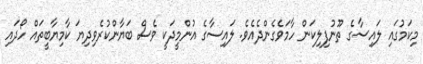
މިކަމުގައި ލައިސާގެ ތޫނުފިލިކަން ހާމަވެގެންދެއެވެ. ލައިސާގެ އުންމީދަކީ ވެސް ބަޔާންކުރެވިދިޔަ ކާމިޔާބީތައް ހޯދައި